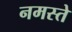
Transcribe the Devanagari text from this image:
नमस्‍ते